Sleeping sickness
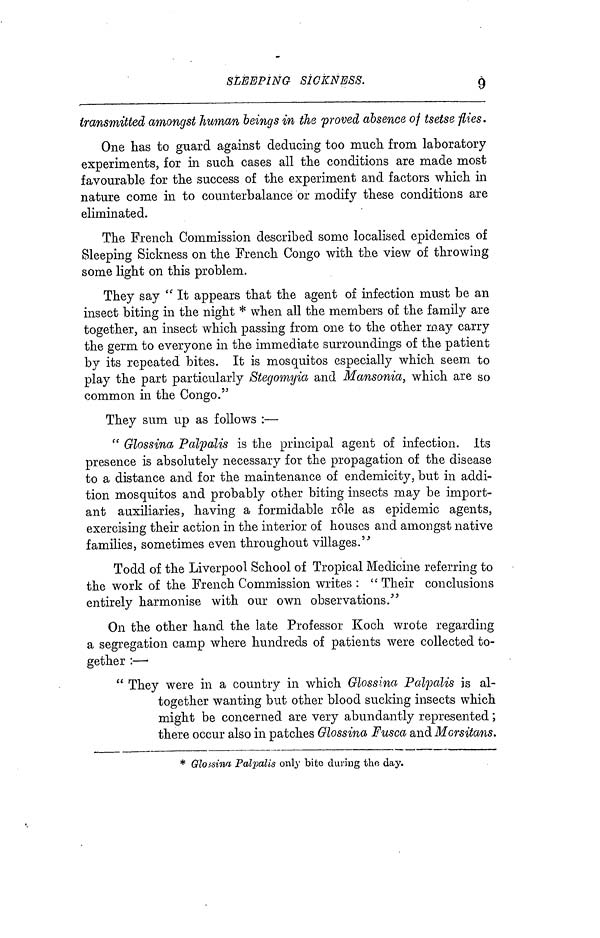
SLEEPING SICKNESS.
9
transmitted amongst human beings in the proved absence of tsetse flies.
One has to guard against deducing too much from laboratory
experiments, for in such cases all the conditions are made most
favourable for the success of the experiment and factors which in
nature come in to counterbalance or modify these conditions are
eliminated.
The French Commission described some localised epidemics of
Sleeping Sickness on the French Congo with the view of throwing
some light on this problem.
They say " It appears that the agent of infection must be an
insect biting in the night * when all the members of the family are
together, an insect which passing from one to the other may carry
the germ to everyone in the immediate surroundings of the patient
by its repeated bites. It is mosquitos especially which seem to
play the part particularly Stegomyia and Mansonia, which are so
common in the Congo."
They sum up as follows :—
" Glossina Palpalis is the principal agent of infection. Its
presence is absolutely necessary for the propagation of the disease
to a distance and for the maintenance of endemicity, but in addi-
tion mosquitos and probably other biting insects may be import-
ant auxiliaries, having a formidable role as epidemic agents,
exercising their action in the interior of houses and amongst native
families, sometimes even throughout villages."
Todd of the Liverpool School of Tropical Medicine referring to
the work of the French Commission writes : " Their conclusions
entirely harmonise with our own observations/ 5
On the other hand the late Professor Koch wrote regarding
a segregation camp where hundreds of patients were collected to-
gether :—·
" They were in a country in which Glossina Palpalis is al-
together wanting but other blood sucking insects which
might be concerned are very abundantly represented ;
there occur also in patches Glossina Fusca and Morsitans,
* Glossina Palpalis only bite during the day.